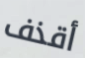
أقذف